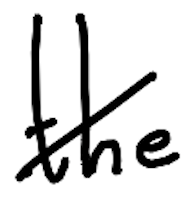
Text: the
Cross-out: mix
Writing tool: digital_black